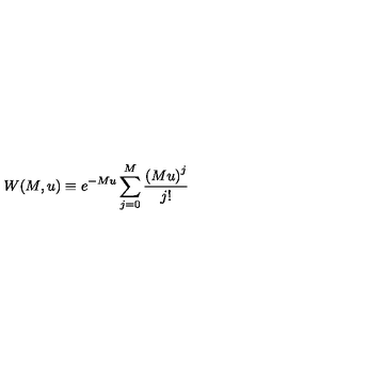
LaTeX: W ( M , u ) \equiv e ^ { - M u } \sum _ { j = 0 } ^ { M } { \frac { \left( M u \right) ^ { j } } { j ! } }